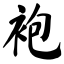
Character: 袍